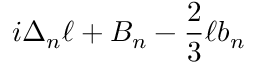
i \Delta _ { n } \ell + B _ { n } - { \frac { 2 } { 3 } } \ell b _ { n }